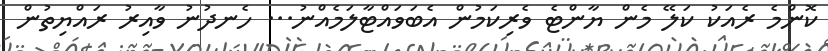
ކޮންމެ ރެއަކު ކަލޭ މެން ޔާންޓެ ވެރިކަމުން އެބަވައްޓާލަމެއްނު... ހެނދުނު ވާއިރު ރައްޔިތުން